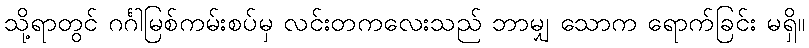
သို့ရာတွင် ဂင်္ဂါမြစ်ကမ်းစပ်မှ လင်းတကလေးသည် ဘာမျှ သောက ရောက်ခြင်း မရှိ။